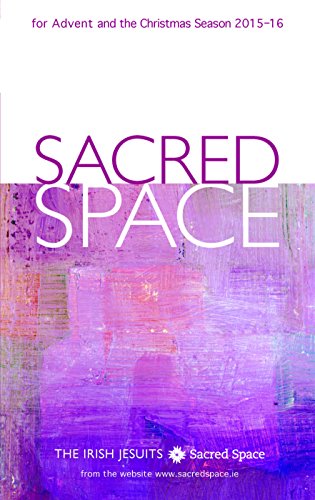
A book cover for Sacred Space for Advent and the Christmas Season 2015-2016; The Irish Jesuits; Christian Books & Bibles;